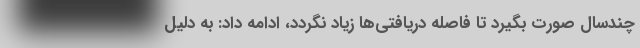
چندسال صورت بگیرد تا فاصله دریافتی‌ها زیاد نگردد، ادامه داد: به دلیل